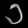
Digit: ၁